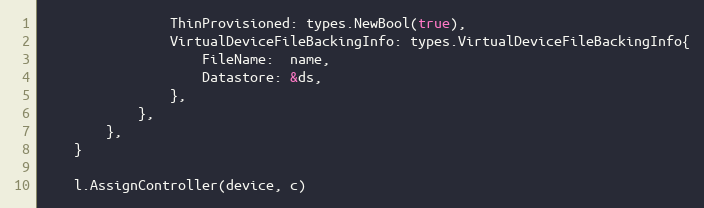
Language: Go
				ThinProvisioned: types.NewBool(true),
				VirtualDeviceFileBackingInfo: types.VirtualDeviceFileBackingInfo{
					FileName:  name,
					Datastore: &ds,
				},
			},
		},
	}

	l.AssignController(device, c)